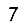
Digit: 7